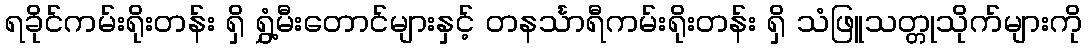
ရခိုင်ကမ်းရိုးတန်း ရှိ ရွှံ့မီးတောင်များနှင့် တနင်္သာရီကမ်းရိုးတန်း ရှိ သံဖြူသတ္တုသိုက်များကို